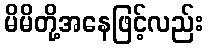
မိမိတို့အနေဖြင့်လည်း